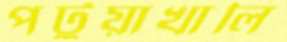
পটুয়াখালি